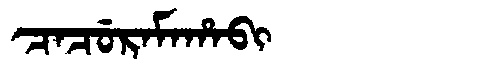
Manchu: ᠴᠠᠴᡠᡵᠠᠮᠠᡥᠠᠪᡳ
Romanization: CACURAMAHABI